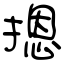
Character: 摁